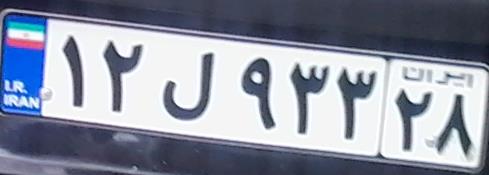
۱۲ل۹۳۳۲۸